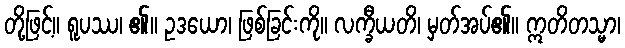
တို့ဖြင့်။ ရူပဿ၊ ၏။ ဥဒယော၊ ဖြစ်ခြင်းကို။ လက္ခီယတိ၊ မှတ်အပ်၏။ ဣတိတသ္မာ၊